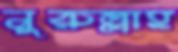
নুরুল্লাহ